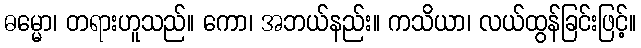
ဓမ္မော၊ တရားဟူသည်။ ကော၊ အဘယ်နည်း။ ကသိယာ၊ လယ်ထွန်ခြင်းဖြင့်။